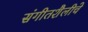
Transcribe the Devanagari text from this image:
संगीतशैलीचे